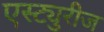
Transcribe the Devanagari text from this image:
एस्ट्युरीज